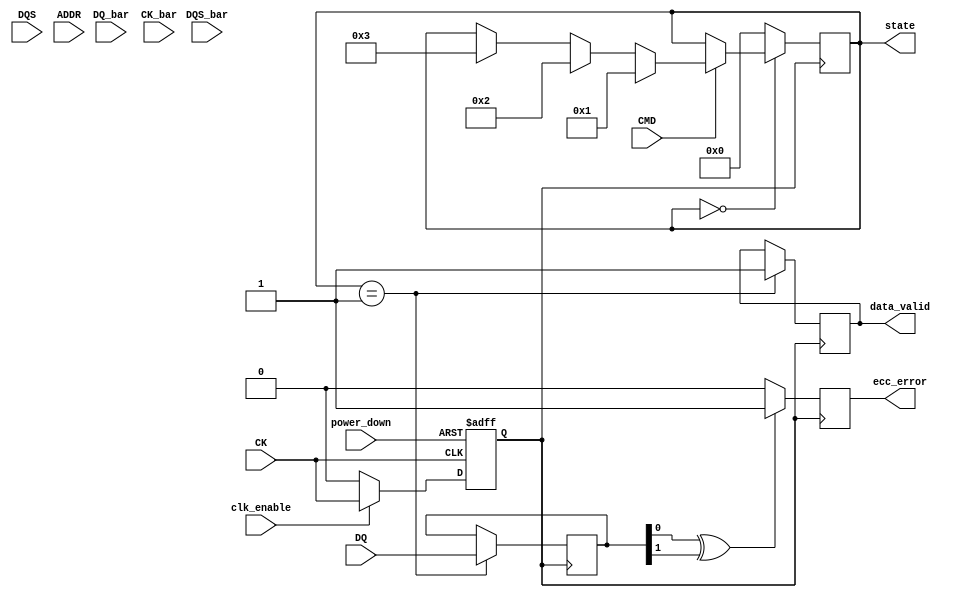
module gddr5_io_block (
    // I/O Interface
    input  [15:0] DQ,        // Data Lines (16 bits)
    input  [15:0] DQ_bar,    // Inverted Data Lines (16 bits)
    input  DQS,              // Strobe Signal
    input  DQS_bar,          // Inverted Strobe Signal
    input  CMD,              // Command Line
    input  ADDR,             // Address Line

    // Clock Management
    input  CK,               // Clock Input
    input  CK_bar,           // Inverted Clock Input
    input  clk_enable,       // Clock Enable Signal

    // Power Management
    input  power_down,       // Power Down Mode Signal

    // Error Detection and Correction
    output reg ecc_error,    // ECC Error Signal
    output reg data_valid,    // Data Valid Signal

    // Control Signals
    output reg [3:0] state   // State Output (4-bit state machine)
);

// State Parameters
parameter IDLE = 4'b0000;
parameter READ = 4'b0001;
parameter WRITE = 4'b0010;
parameter REFRESH = 4'b0011;

// Internal signals
reg [15:0] data_buffer;        // Data Buffer
reg [3:0] cmd_reg;             // Command Register
reg [3:0] addr_reg;            // Address Register
reg clk_gated;                 // Gated Clock Signal

// Clock Gating Logic
always @(posedge CK or negedge power_down) begin
    if (!power_down) begin
        clk_gated <= 1'b0;
    end else begin
        clk_gated <= clk_enable ? CK : 1'b0;
    end
end

// State Machine
always @(posedge clk_gated) begin
    case (state)
        IDLE: begin
            if (CMD) begin
                // Transition based on CMD
                if (cmd_reg[0]) state <= READ;
                else if (cmd_reg[1]) state <= WRITE;
                else if (cmd_reg[2]) state <= REFRESH;
            end
        end
        READ: begin
            // Read operation
            data_buffer <= DQ; // Example operation
            data_valid <= 1'b1; // Indicate valid data
            state <= IDLE; // Return to idle
        end
        WRITE: begin
            // Write operation
            // Example: Write data_buffer to memory (not implemented here)
            state <= IDLE; // Return to idle
        end
        REFRESH: begin
            // Refresh operation
            // Example: Refresh logic (not implemented here)
            state <= IDLE; // Return to idle
        end
        default: state <= IDLE; // Default case
    endcase
end

// ECC and Error Checking Logic (simplified)
always @(posedge clk_gated) begin
    // Example ECC logic: This is a placeholder
    if (data_buffer[0] ^ data_buffer[1]) // Simple parity check
        ecc_error <= 1'b1; // Indicate error
    else
        ecc_error <= 1'b0; // No error
end

endmodule